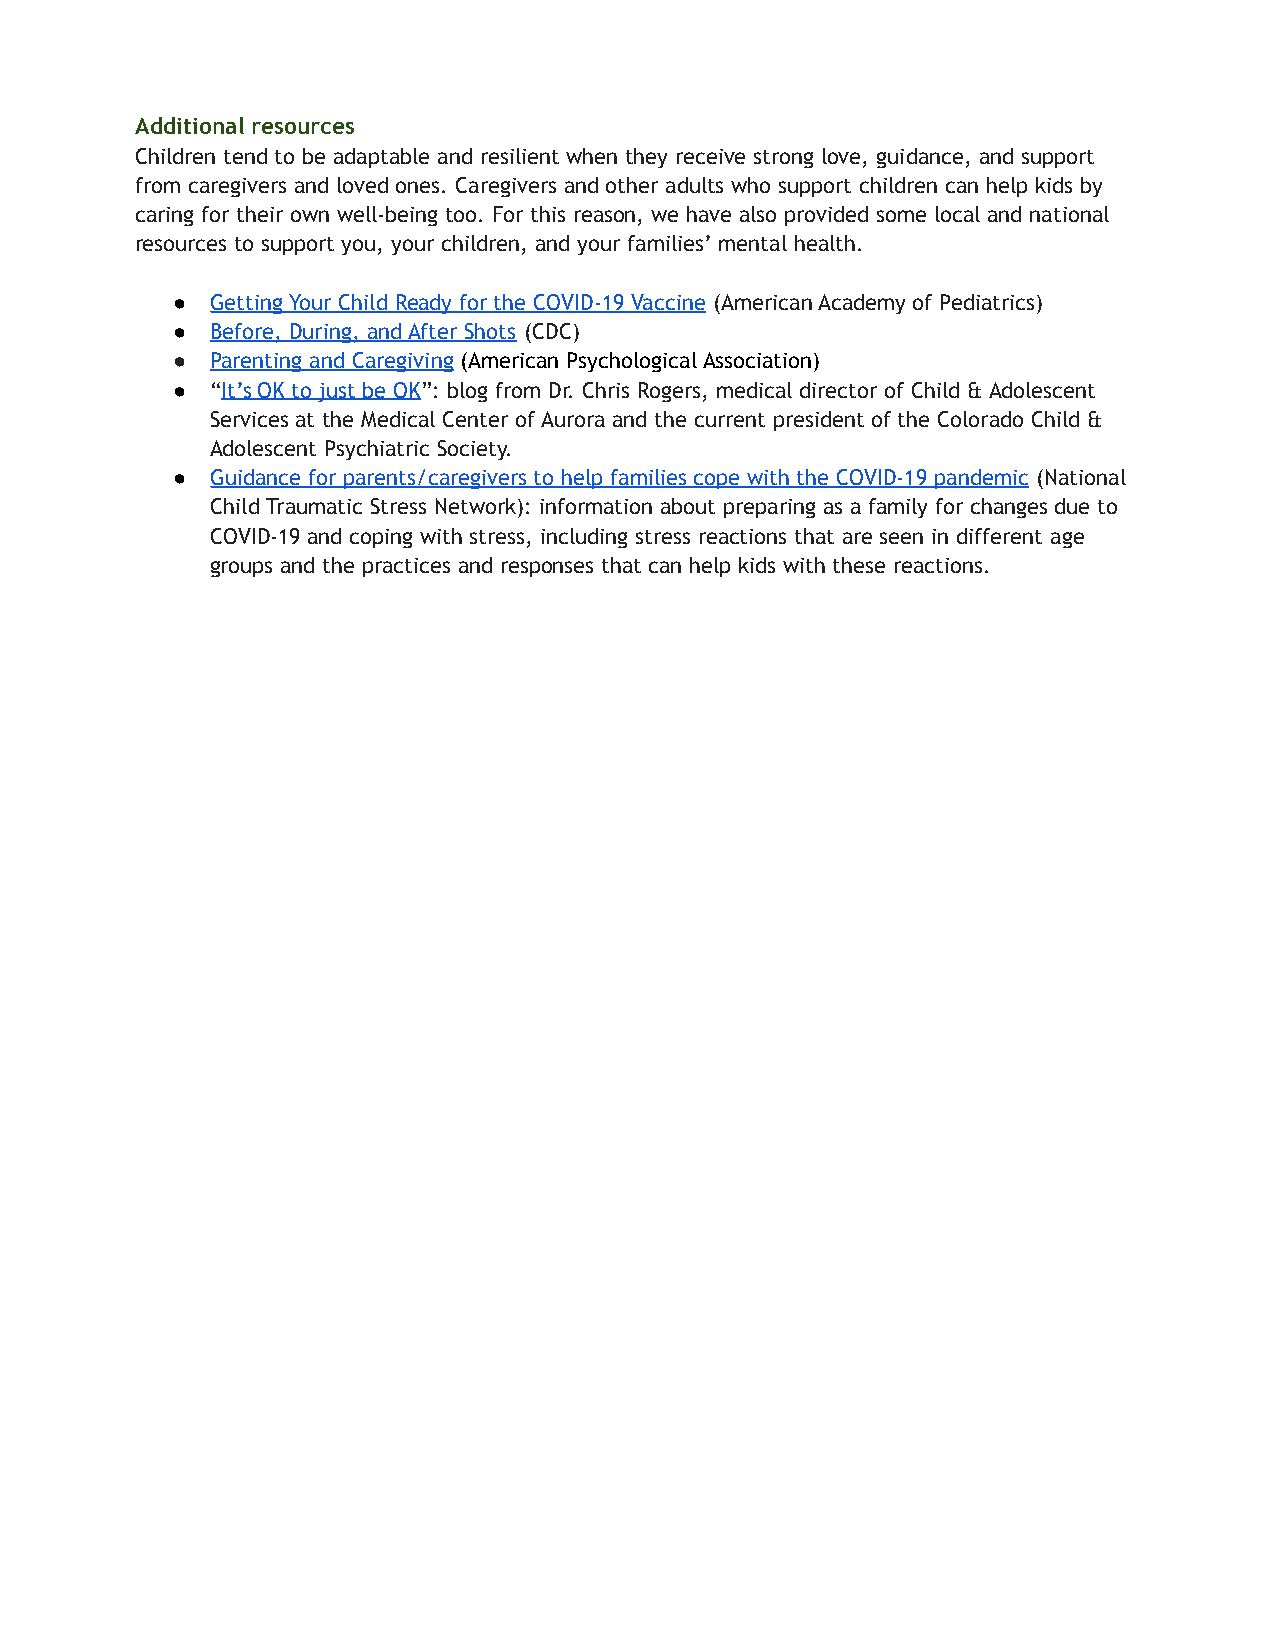
Additional resources
 Children tend to be adaptable and resilient when they receive strong love, guidance, and support
 from caregivers and loved ones. Caregivers and other adults who support children can help kids by
 caring for their own well-being too. For this reason, we have also provided some local and national
 resources to support you, your children, and your families’ mental health.
 ●  Getting Your Child Ready for the COVID-19 Vaccine (American Academy of Pediatrics)
 ●  Before, During, and After Shots (CDC)
 ●  Parenting and Caregiving (American Psychological Association)
 ●  “It’s OK to just be OK”: blog from Dr. Chris Rogers, medical director of Child & Adolescent
 Services at the Medical Center of Aurora and the current president of the Colorado Child &
 Adolescent Psychiatric Society.
 ●  Guidance for parents/caregivers to help families cope with the COVID-19 pandemic (National
 Child Traumatic Stress Network): information about preparing as a family for changes due to
 COVID-19 and coping with stress, including stress reactions that are seen in different age
 groups and the practices and responses that can help kids with these reactions.